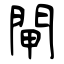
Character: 閘